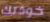
خوذتك